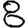
Digit: 8